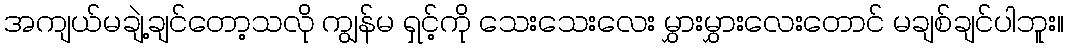
အကျယ်မချဲ့ချင်တော့သလို ကျွန်မ ရှင့်ကို သေးသေးလေး မွှားမွှားလေးတောင် မချစ်ချင်ပါဘူး။